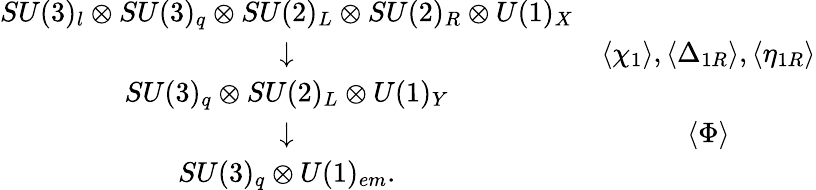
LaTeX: \begin{array}{cc}{{SU(3)_{l}\otimes SU(3)_{q}\otimes SU(2)_{L}\otimes SU(2)_{R}\otimes U(1)_{X}}}&{{}}\\ {{\downarrow}}&{{\langle\chi_{1}\rangle,\langle\Delta_{1R}\rangle,\langle\eta_{1R}\rangle}}\\ {{SU(3)_{q}\otimes SU(2)_{L}\otimes U(1)_{Y}}}&{{}}\\ {{\downarrow}}&{{\langle\Phi\rangle}}\\ {{SU(3)_{q}\otimes U(1)_{em}.}}&{{}}\end{array}